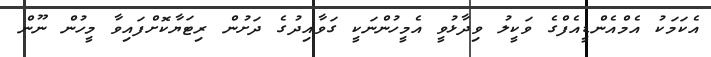
އެކަމަކު އެމްއެންޑީއެފްގެ ވަކީލު ވިދާޅުވީ އެމީހުންނަކީ ގަވާއިދުގެ ދަށުން ރިޓަޔާކޮށްފައިވާ މީހުން ނޫން